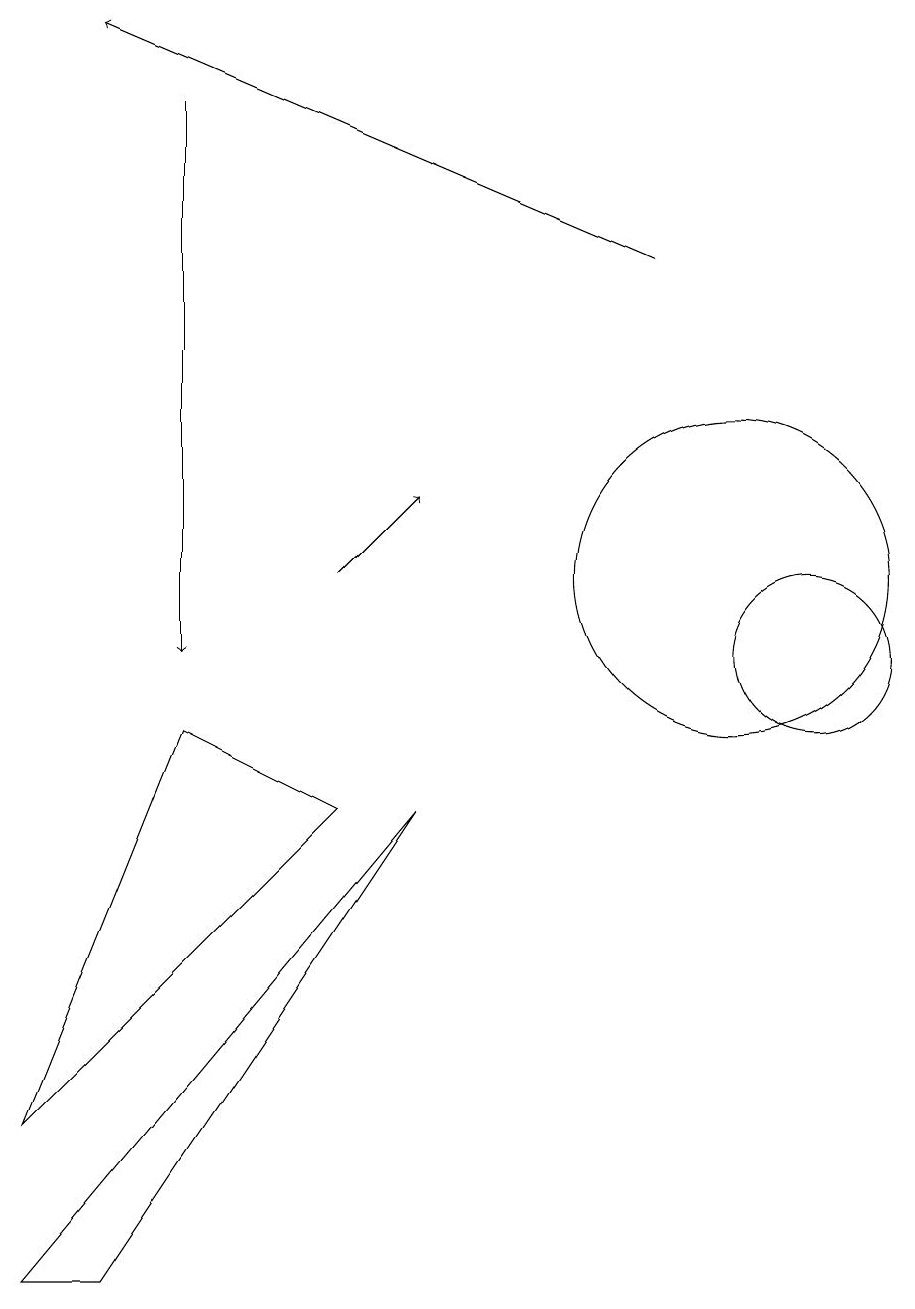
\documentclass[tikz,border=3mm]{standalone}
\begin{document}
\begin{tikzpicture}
\draw (11,10) circle (1);
\draw (10,11) circle (2);
\draw[->] (5,11) -- (6,12);
\draw (1,4) -- (3,9) -- (5,8) -- cycle;
\draw[->] (3,17) -- (3,10);
\draw (2,2) -- (6,8) -- (1,2) -- cycle;
\draw[->] (9,15) -- (2,18);
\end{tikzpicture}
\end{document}